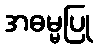
အဓမ္မပြု